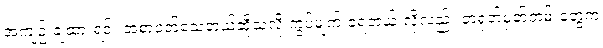
အကျဉ်းချထားရင်း အစာငတ်သေတယ်ဆိုသလို ကွပ်မျက် ခံရတယ် လို့လည်း တရုတ်မှတ်တမ်းတွေက